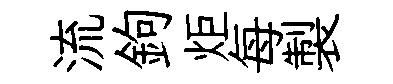
流鉤炬每製